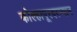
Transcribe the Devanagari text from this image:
कोल्हापूरदरम्यान